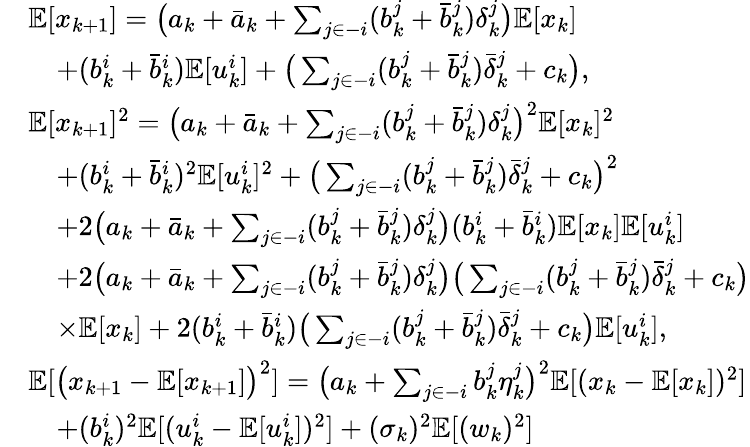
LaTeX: \begin{array}{rl}&{\mathbb{E}[x_{k+1}]=\big(a_{k}+\bar{a}_{k}+\sum_{j\in-i}(b_{k}^{j}+\bar{b}_{k}^{j})\delta_{k}^{j}\big)\mathbb{E}[x_{k}]}\\ &{\quad+(b_{k}^{i}+\bar{b}_{k}^{i})\mathbb{E}[u_{k}^{i}]+\big(\sum_{j\in-i}(b_{k}^{j}+\bar{b}_{k}^{j})\bar{\delta}_{k}^{j}+c_{k}\big),}\\ &{\mathbb{E}[x_{k+1}]^{2}=\big(a_{k}+\bar{a}_{k}+\sum_{j\in-i}(b_{k}^{j}+\bar{b}_{k}^{j})\delta_{k}^{j}\big)^{2}\mathbb{E}[x_{k}]^{2}}\\ &{\quad+(b_{k}^{i}+\bar{b}_{k}^{i})^{2}\mathbb{E}[u_{k}^{i}]^{2}+\big(\sum_{j\in-i}(b_{k}^{j}+\bar{b}_{k}^{j})\bar{\delta}_{k}^{j}+c_{k}\big)^{2}}\\ &{\quad+2\big(a_{k}+\bar{a}_{k}+\sum_{j\in-i}(b_{k}^{j}+\bar{b}_{k}^{j})\delta_{k}^{j}\big)(b_{k}^{i}+\bar{b}_{k}^{i})\mathbb{E}[x_{k}]\mathbb{E}[u_{k}^{i}]}\\ &{\quad+2\big(a_{k}+\bar{a}_{k}+\sum_{j\in-i}(b_{k}^{j}+\bar{b}_{k}^{j})\delta_{k}^{j}\big)\big(\sum_{j\in-i}(b_{k}^{j}+\bar{b}_{k}^{j})\bar{\delta}_{k}^{j}+c_{k}\big)}\\ &{\quad\times\mathbb{E}[x_{k}]+2(b_{k}^{i}+\bar{b}_{k}^{i})\big(\sum_{j\in-i}(b_{k}^{j}+\bar{b}_{k}^{j})\bar{\delta}_{k}^{j}+c_{k}\big)\mathbb{E}[u_{k}^{i}],}\\ &{\mathbb{E}[\big(x_{k+1}-\mathbb{E}[x_{k+1}]\big)^{2}]=\big(a_{k}+\sum_{j\in-i}b_{k}^{j}\eta_{k}^{j}\big)^{2}\mathbb{E}[(x_{k}-\mathbb{E}[x_{k}])^{2}]}\\ &{\quad+(b_{k}^{i})^{2}\mathbb{E}[(u_{k}^{i}-\mathbb{E}[u_{k}^{i}])^{2}]+(\sigma_{k})^{2}\mathbb{E}[(w_{k})^{2}]}\end{array}